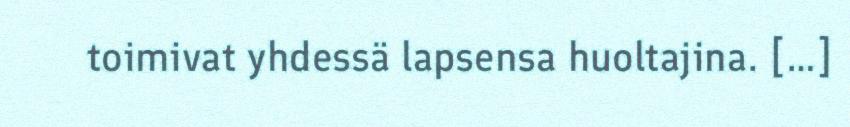
toimivat yhdessä lapsensa huoltajina. […]